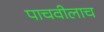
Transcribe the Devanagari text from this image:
पाचवीलाच